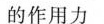
的作用力